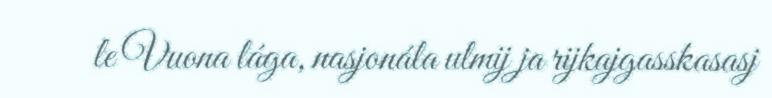
le Vuona lága, nasjonála ulmij ja rijkajgasskasasj